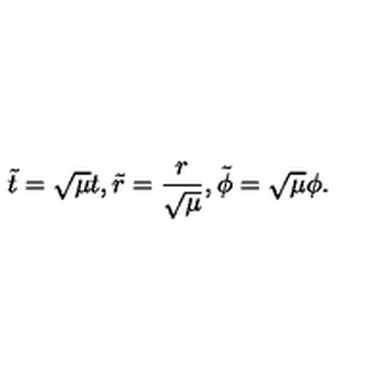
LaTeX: \tilde { t } = \sqrt { \mu } t , \tilde { r } = \frac { r } { \sqrt { \mu } } , \tilde { \phi } = \sqrt { \mu } \phi .